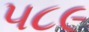
૫૮૯